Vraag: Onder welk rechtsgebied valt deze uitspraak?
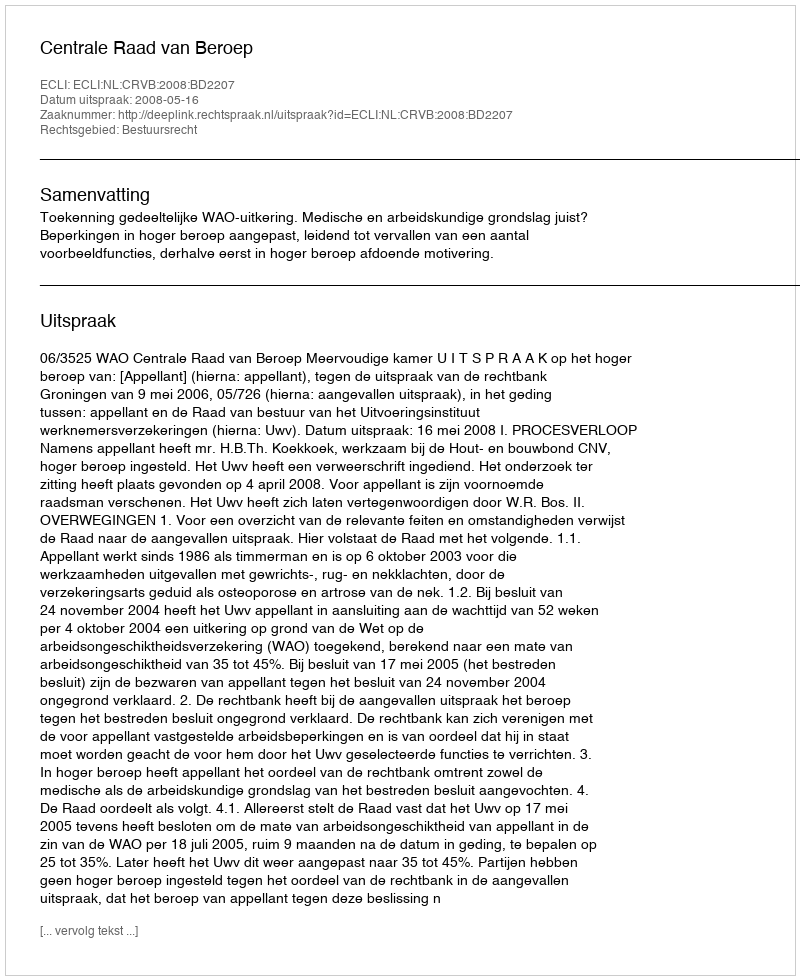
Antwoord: Bestuursrecht